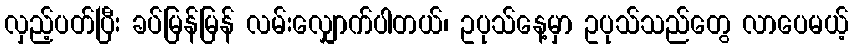
လှည့်ပတ်ပြီး ခပ်မြန်မြန် လမ်းလျှောက်ပါတယ်၊ ဥပုသ်နေ့မှာ ဥပုသ်သည်တွေ လာပေမယ့်